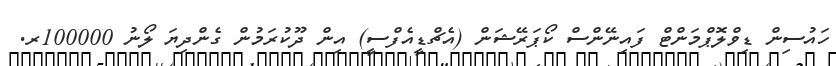
ހައުސިން ޑިވްލޮޕްމަންޓް ފައިނޭންސް ކޯޕަރޭޝަން (އެޗްޑީއެފްސީ) އިން ދޫކުރަމުން ގެންދިޔަ ލޯނު 100000ރ.